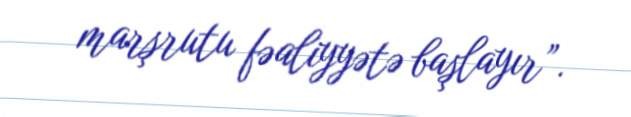
marşrutu fəaliyyətə başlayır”.